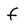
Character: f